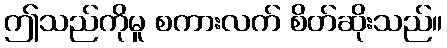
ဤသည်ကိုမူ စကားလက် စိတ်ဆိုးသည်။